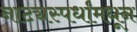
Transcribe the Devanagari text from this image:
नाट्यस्पर्धांमधून